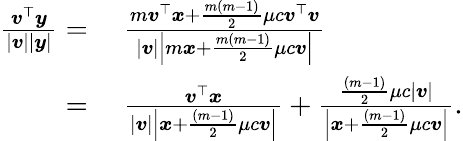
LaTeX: \begin{array}{rl}{\frac{\boldsymbol{v}^{\top}\boldsymbol{y}}{|\boldsymbol{v}||\boldsymbol{y}|}=\; }&{\frac{m\boldsymbol{v}^{\top}\boldsymbol{x}+\frac{m(m-1)}{2}\mu c\boldsymbol{v}^{\top}\boldsymbol{v}}{|\boldsymbol{v}|\left|m\boldsymbol{x}+\frac{m(m-1)}{2}\mu c\boldsymbol{v}\right|}}\\ {=\; }&{\frac{\boldsymbol{v}^{\top}\boldsymbol{x}}{|\boldsymbol{v}|\left|\boldsymbol{x}+\frac{(m-1)}{2}\mu c\boldsymbol{v}\right|}+\frac{\frac{(m-1)}{2}\mu c|\boldsymbol{v}|}{\left|\boldsymbol{x}+\frac{(m-1)}{2}\mu c\boldsymbol{v}\right|}.}\end{array}